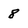
Character: 8